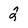
Character: 2